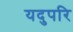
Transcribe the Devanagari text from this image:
यदुपरि